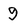
Character: 9